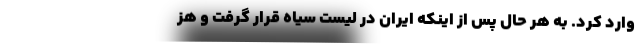
وارد کرد. به هر حال پس از اینکه ایران در لیست سیاه قرار گرفت و هز